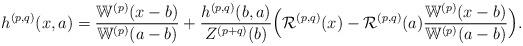
LaTeX: \begin{align*} h^{(p,q)}(x,a)&=\frac{\mathbb{W}^{(p)}(x-b)}{\mathbb{W}^{(p)}(a-b)}+\frac{h^{(p,q)}(b,a)}{Z^{(p+q)}(b)} \Big( \mathcal{R}^{(p,q)}(x)-\mathcal{R}^{(p,q)}(a)\frac{\mathbb{W}^{(p)}(x-b)}{\mathbb{W}^{(p)}(a-b)} \Big).\end{align*}